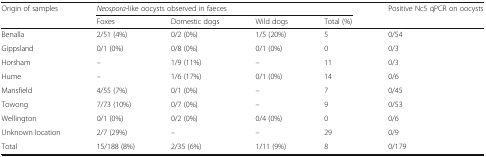
| <ROWSPAN=2> Origin of samples | <COLSPAN=4> Neospora-like oocysts observed in faeces | <ROWSPAN=2> Positive Nc5 qPCR on oocysts |
 | Foxes | Domestic dogs | Wild dogs | Total (%) |
 | --- | --- | --- | --- | --- | --- |
 | Benalla | 2/51 (4%) | 0/2 (0%) | 1/5 (20%) | 5 | 0/54 |
 | Gippsland | 0/1 (0%) | 0/8 (0%) | 0/1 (0%) | 0 | 0/3 |
 | Horsham | – | 1/9 (11%) | – | 11 | 0/3 |
 | Hume | – | 1/6 (17%) | 0/1 (0%) | 14 | 0/6 |
 | Mansfield | 4/55 (7%) | 0/1 (0%) | – | 7 | 0/45 |
 | Towong | 7/73 (10%) | 0/7 (0%) | – | 9 | 0/53 |
 | Wellington | 0/1 (0%) | 0/2 (0%) | 0/4 (0%) | 0 | 0/6 |
 | Unknown location | 2/7 (29%) | – | – | 29 | 0/9 |
 | Total | 15/188 (8%) | 2/35 (6%) | 1/11 (9%) | 8 | 0/179 |